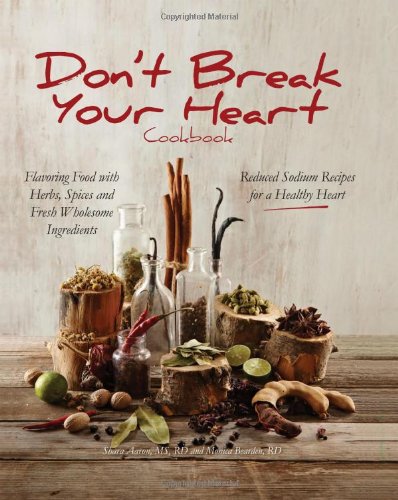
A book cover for Don't Break Your Heart Cookbook: Reduced Sodium Recipes for a Healthy Heart - Flavoring Food with Herbs, Spices, and Fresh Wholesome Ingredients; Shara Aaron  MS  RD; Cookbooks, Food & Wine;